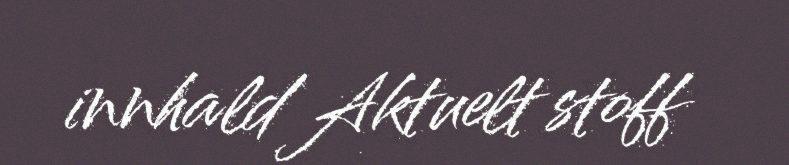
innhald Aktuelt stoff